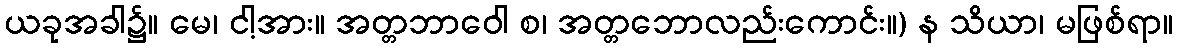
ယခုအခါ၌။ မေ၊ ငါ့အား။ အတ္တဘာဝေါ စ၊ အတ္တဘောလည်းကောင်း။) န သိယာ၊ မဖြစ်ရာ။